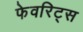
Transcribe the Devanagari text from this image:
फेवरिट्स